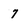
Character: 7